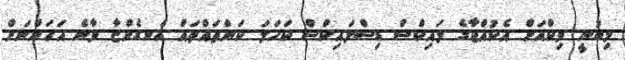
މިބުނީ ވިކްއަށް އެކުއްޖާގެ ލައިކްސް ޑިސްލައިކްސް ކަހަލަ ކަންތައްތައް އެނގެންޏާ ވާނެ އަހަންނަށް